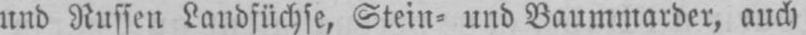
und Russen Landfüchse, Stein⸗ und Baummarder, auch